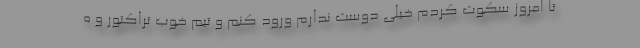
تا امروز سکوت کردم خیلی دوست ندارم ورود کنم و تیم خوب تراکتور و ه